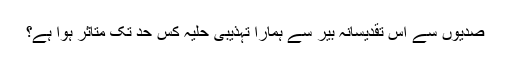
صدیوں سے اس تقدیسانہ بیر سے ہمارا تہذیبی حلیہ کس حد تک متاثر ہوا ہے؟